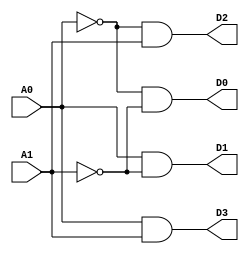
module binary_decoder
	(
	input wire A0, A1,
	output wire D0, D1, D2, D3
	);
	
	assign D0 = ~A0 & ~A1;
	assign D1 = A0 & ~A1;
	assign D2 = ~A0 & A1;
	assign D3 = A0 & A1;

endmodule